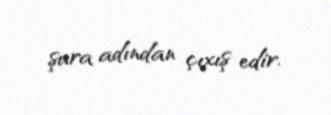
şura adından çıxış edir.